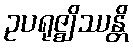
ဥပရုဇ္ဈိဿန္တိ